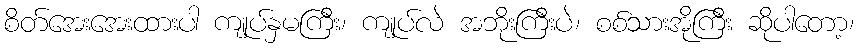
စိတ်အေးအေးထားပါ ကျုပ်နှမကြီး၊ ကျုပ်လဲ အဘိုးကြီးပဲ၊ စစ်သားအိုကြီး ဆိုပါတော့၊